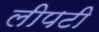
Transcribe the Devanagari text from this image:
लीपटी